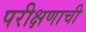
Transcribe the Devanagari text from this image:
परीक्षणाची